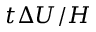
t \Delta U / H